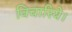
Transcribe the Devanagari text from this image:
विचारिये।